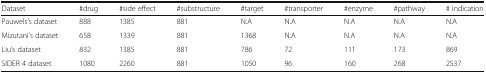
<table><thead><tr><td><b>Dataset</b></td><td><b>#drug</b></td><td><b>#side effect</b></td><td><b>#substructure</b></td><td><b>#target</b></td><td><b>#transporter</b></td><td><b>#enzyme</b></td><td><b>#pathway</b></td><td><b># indication</b></td></tr></thead><tbody><tr><td>Pauwels’s dataset</td><td>888</td><td>1385</td><td>881</td><td>N.A</td><td>N.A</td><td>N.A</td><td>N.A</td><td>N.A</td></tr><tr><td>Mizutani’s dataset</td><td>658</td><td>1339</td><td>881</td><td>1368</td><td>N.A</td><td>N.A</td><td>N.A</td><td>N.A</td></tr><tr><td>Liu’s dataset</td><td>832</td><td>1385</td><td>881</td><td>786</td><td>72</td><td>111</td><td>173</td><td>869</td></tr><tr><td>SIDER 4 dataset</td><td>1080</td><td>2260</td><td>881</td><td>1050</td><td>96</td><td>160</td><td>268</td><td>2537</td></tr></tbody></table>